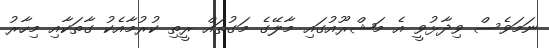
ނަމަވެސް ވިދާޅުވީ އެ މަޝްރޫއުގައި މާލޭގެ މަގުތައް ރީތި ކުރުމާއެކު ގާތަކާއި މިހާރު